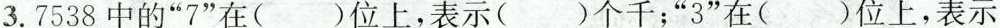
3.7538中的”7”在()位上，表示()个千；”3”在()位上，表示